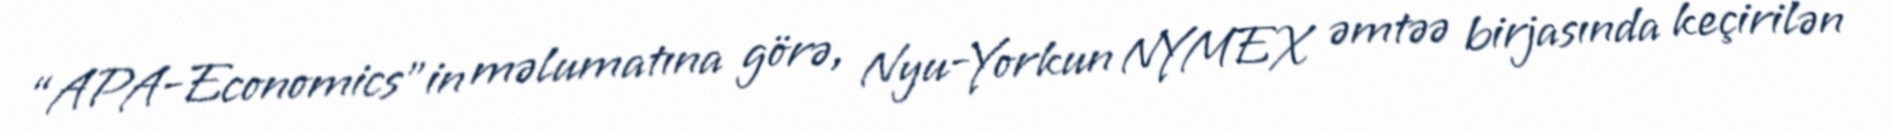
“APA-Economics”in məlumatına görə, Nyu-Yorkun NYMEX əmtəə birjasında keçirilən